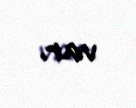
var.